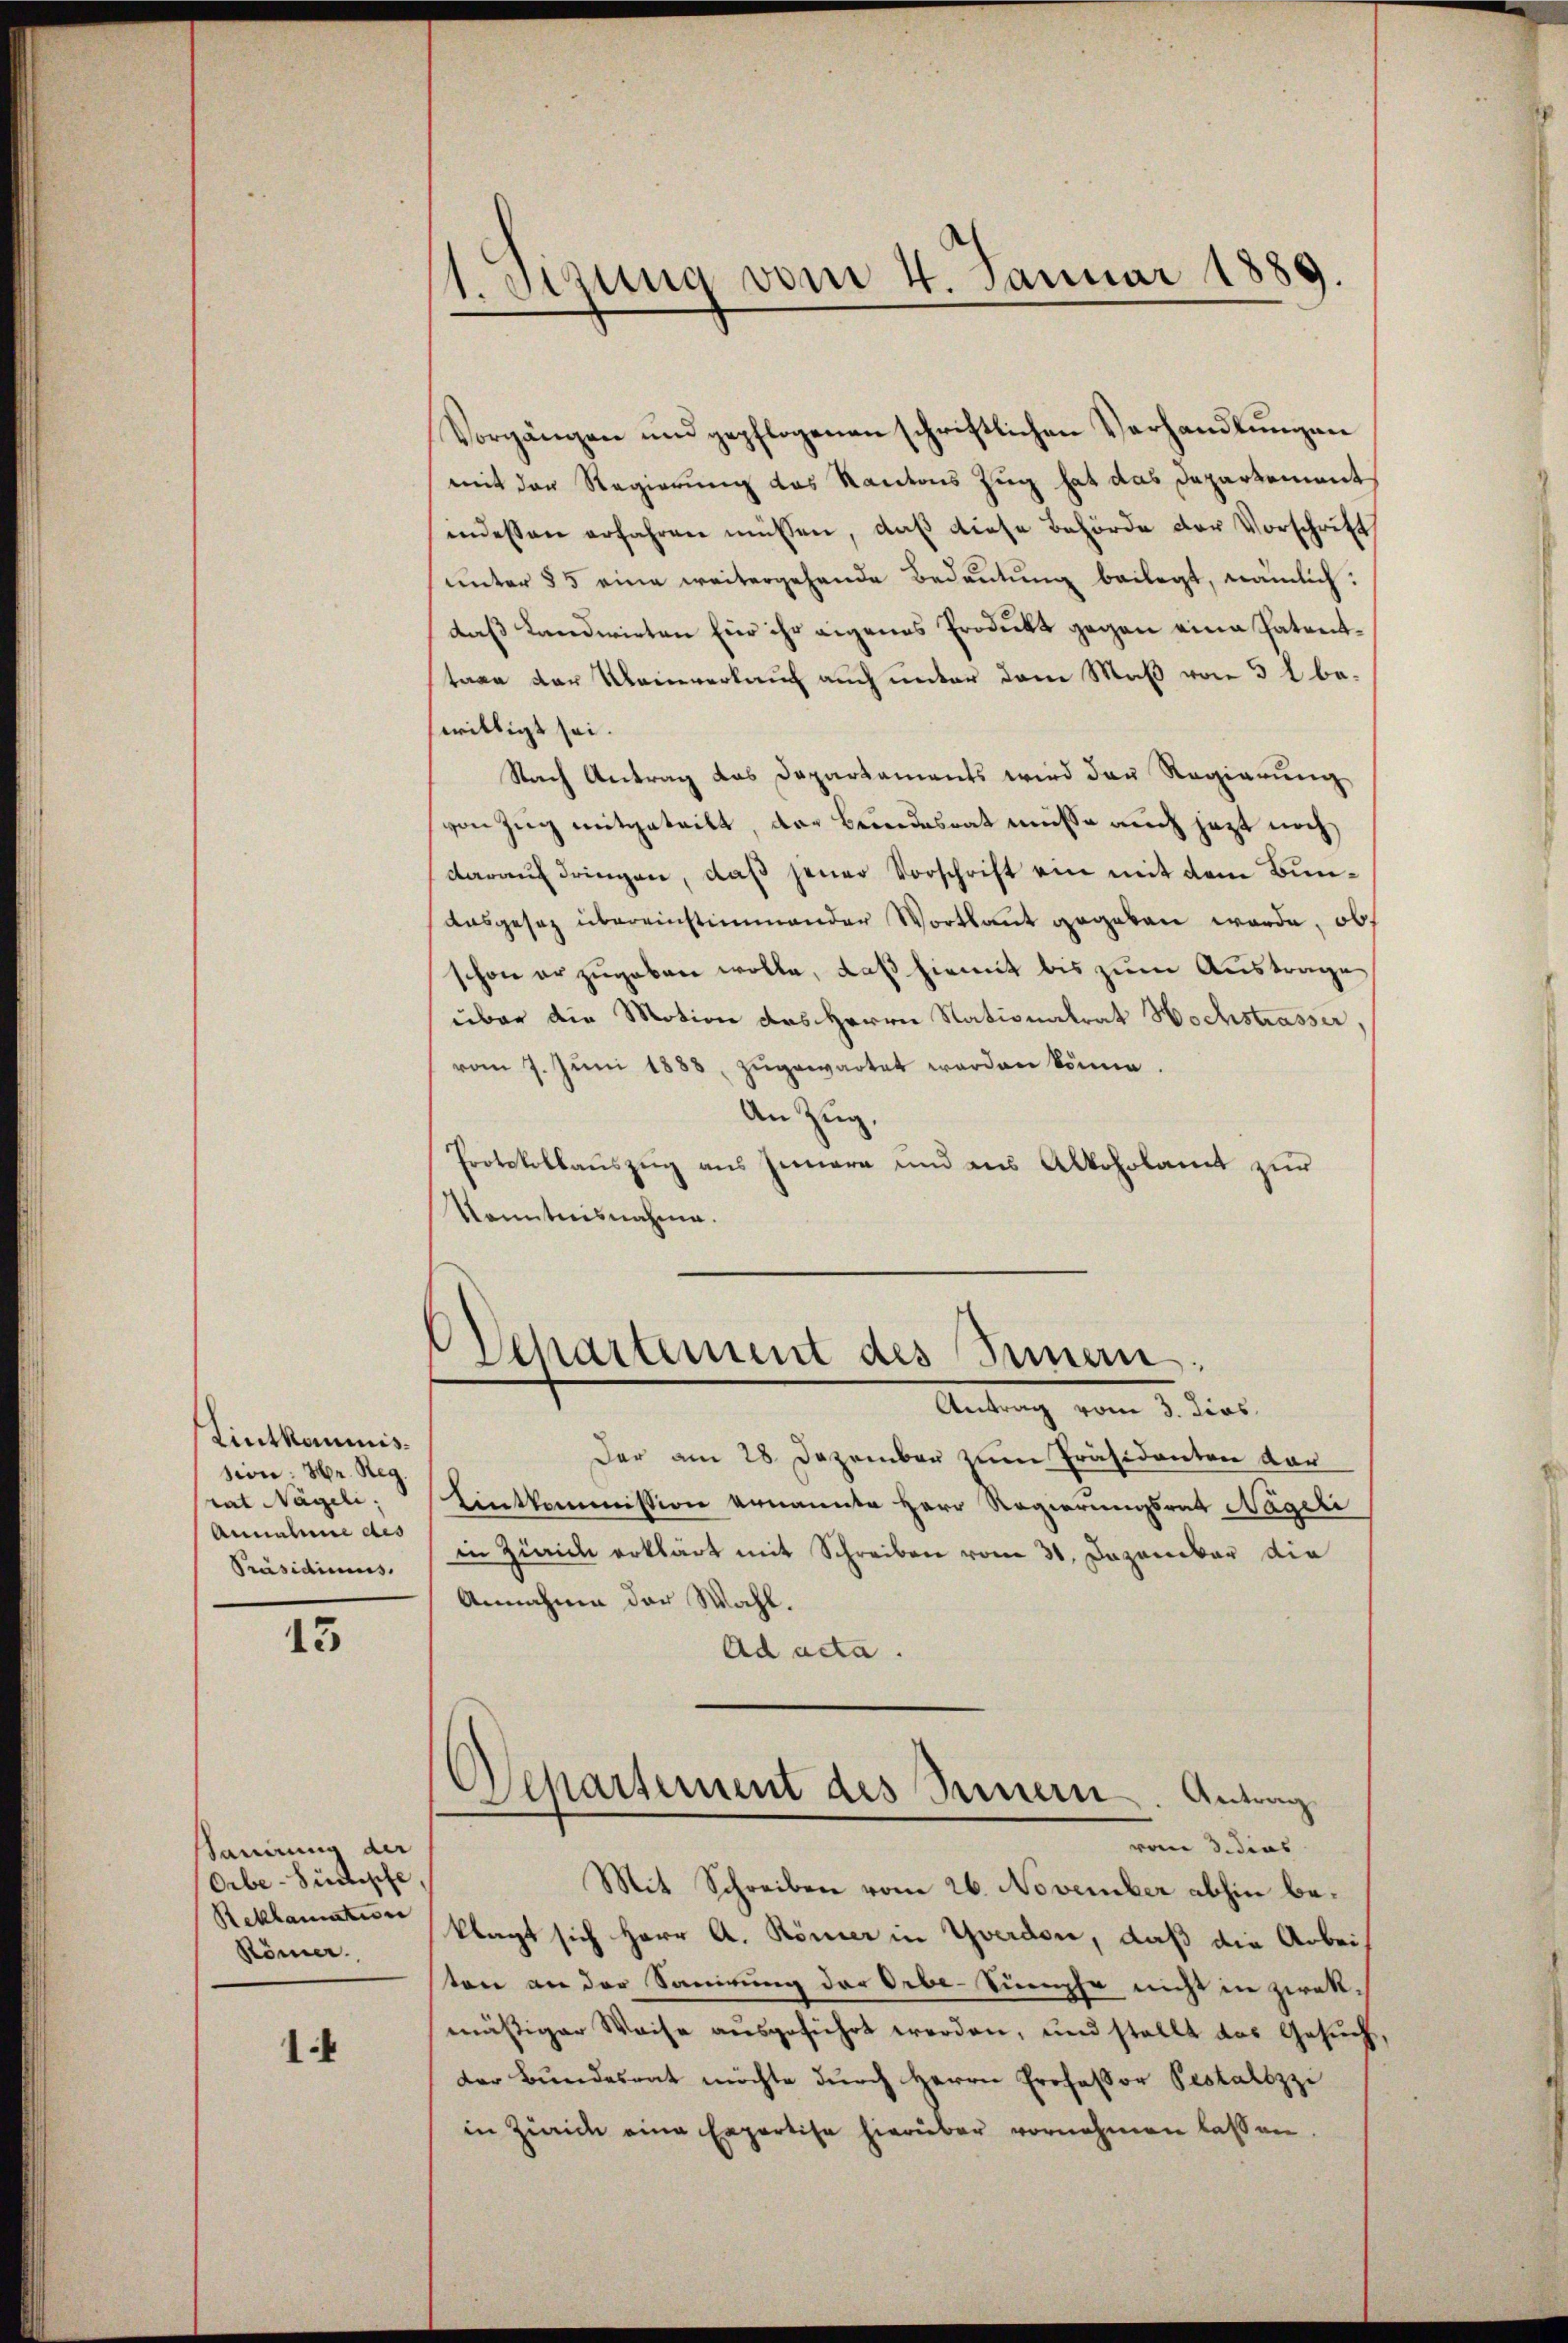
Lintkommnis.
sion: Hr. Reg.
rat Nageli,
Annahme des
Präsidiums.

13

Sannung der
Orbe-Sückpfe
Reklamation
Römer.

1.

1. Sitzung vom 4. Januar 1889.

Vorgängen und gepflogenen schriftlichen Verhandlungen
mit der Regierung des Kantons Zug hat das Departements
indessen erfahren müssen, daß diese Behörde der Vorschrift
unter 35 eine weitergehende Bedeutung beilegt, nämlich:
daß Landwirten Eier ihr eigenes Produkt gegen eine Patenttage der Kleinverkauf auch unter dem Maß von 3 t bewilligt sei.
Nach Antrag das Departaments wird den Regierung
von Zug mitgeteilt, der Bundesrat müsse auch jezt noch
darauf dringen, daß jener Vorschrift ein mit dem Bunausgesez übereinstimmender Wortlaut gegeben werde, ob
schon er zugeben wolle, daß hiemit bis zum Austrage
über die Motion des Herrn Nationalrat Hochstrasser,
vom 7. Jŭni 1888, zugewartet werden könne.
An Zug,
Protokollauszug aus Innern und aus Alkoholamt zur
Konntnisnahme.

Departement des Semmen:
Antrag vom 3. dies

Departement des Innern. Antrag
vom 3. dies
Mit Schreiben vom 26. November abhin be¬

Der am 28 Dezember zum Präsidenten dar
Eintkommission ernannte Herr Regierungsrat Nageli
in Zürich erklärt mit Schreiben vom 31. Dezember die
Annahme der Wahl.
Ad acta.
klagt sich Herr A. Römer in Yverdon, daß die Arbeiten an der Sanirung der Orbe-Sumpfe nicht in zwekmäßiger Weise ausgeführt werden, und stellt das Gesuch
der Bundesrat möchte durch Herrn Professor Pestalozzi
in Zürich eine Expertise hierüber vornehmen lassen.